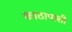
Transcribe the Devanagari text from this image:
काठापाशी